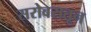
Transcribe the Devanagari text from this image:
सरोवरातून